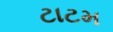
ટાટમ